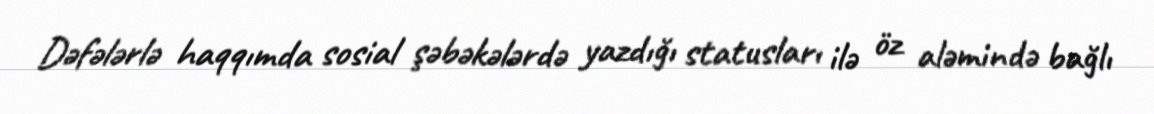
Dəfələrlə haqqımda sosial şəbəkələrdə yazdığı statusları ilə öz aləmində bağlı